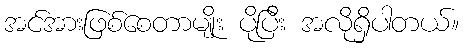
အင်အားဖြစ်စေတာမျိုး ပိုပြီး အလိုရှိပါတယ်။